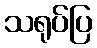
သရုပ်ပြ